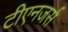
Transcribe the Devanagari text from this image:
टीएनजर्स